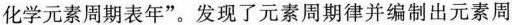
化学元素周期表年”。发现了元素周期律并编制出元素周